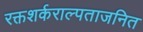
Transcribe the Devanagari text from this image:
रक्तशर्कराल्पताजनित